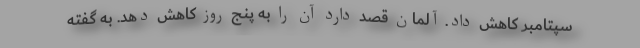
سپتامبر کاهش داد. آلمان قصد دارد آن را به پنج روز کاهش دهد. به گفته